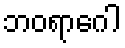
ဘဝရာဂေါ